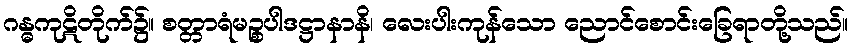
ဂန္ဓကုဋိတိုက်၌။ စတ္တာရံမဉ္စပါဒဋ္ဌာနာနိ၊ လေးပါးကုန်သော ညောင်စောင်းခြေရာတို့သည်။